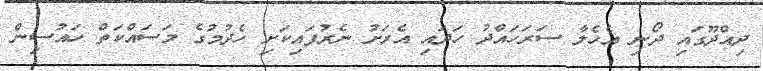
ދިއްދޫގައި ދޯނި އެހެލާ ސަރަހައްދު ހަދައި އެރަށު ނެރުފައިކަށި ހެދުމުގެ މަސައްކަތް ހައުސިން